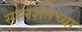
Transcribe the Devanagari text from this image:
सालशेतच्या